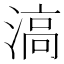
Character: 滈